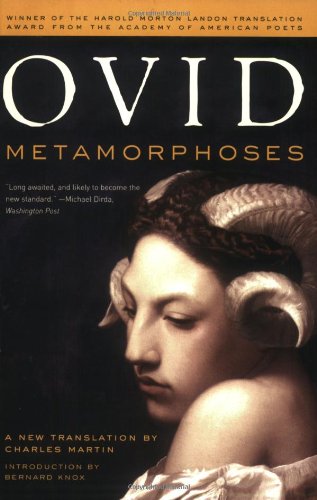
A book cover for Metamorphoses: A New Translation; Ovid; Literature & Fiction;